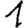
Digit: 1